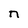
Character: n